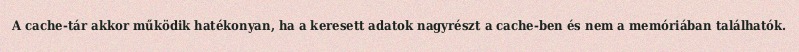
A cache-tár akkor működik hatékonyan, ha a keresett adatok nagyrészt a cache-ben és nem a memóriában találhatók.